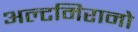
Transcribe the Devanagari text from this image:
अल्टमिरानो